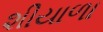
શીયાળા